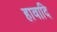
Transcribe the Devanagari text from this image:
हावादि